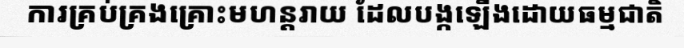
ការគ្រប់គ្រងគ្រោះមហន្តរាយ ដែលបង្កឡើងដោយធម្មជាតិ